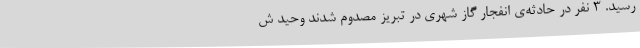
رسید. 3 نفر در حادثه‌ی انفجار گاز شهری در تبریز مصدوم شدند وحید ش